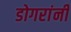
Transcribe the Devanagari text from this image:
डोगरांनी